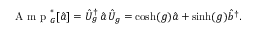
\mathrm { ~ A ~ m ~ p ~ } _ { G } ^ { * } [ \hat { a } ] = \hat { U } _ { g } ^ { \dag } \, \hat { a } \, \hat { U } _ { g } = \cosh ( g ) \hat { a } + \sinh ( g ) \hat { b } ^ { \dag } .